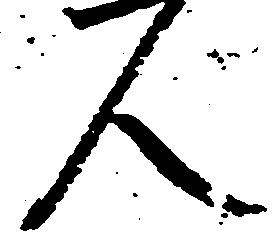
人